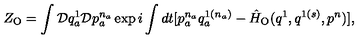
Z _ { \mathrm { O } } = \int { \cal D } q _ { a } ^ { 1 } { \cal D } p _ { a } ^ { n _ { a } } \exp i \int d t [ p _ { a } ^ { n _ { a } } q _ { a } ^ { 1 ( n _ { a } ) } - \hat { H } _ { \mathrm { O } } ( q ^ { 1 } , q ^ { 1 ( s ) } , p ^ { n } ) ] ,